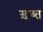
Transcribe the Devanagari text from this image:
ख़ब्त